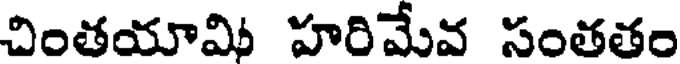
చింతయామి హరిమేవ సంతతం